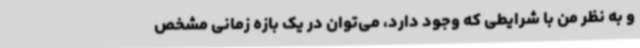
و به نظر من با شرایطی که وجود دارد، می‌توان در یک بازه زمانی مشخص